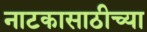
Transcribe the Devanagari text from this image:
नाटकासाठीच्या